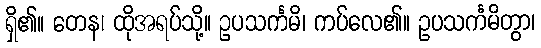
ရှိ၏။ တေန၊ ထိုအရပ်သို့။ ဥပသင်္ကမိ၊ ကပ်လေ၏။ ဥပသင်္ကမိတွာ၊